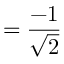
= { \frac { - 1 } { \sqrt { 2 } } }